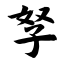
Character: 孥